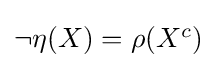
{\textstyle \neg \eta (X)=\rho (X^{c})}